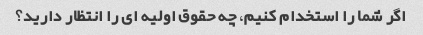
اگر شما را استخدام کنیم، چه حقوق اولیه ای را انتظار دارید؟